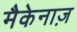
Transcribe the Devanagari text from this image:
मैकेनाज़